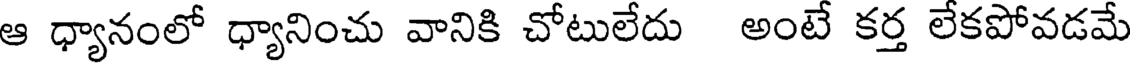
ఆ ధ్యానంలో ధ్యానించు వానికి చోటులేదు అంటే కర్త లేకపోవడమే